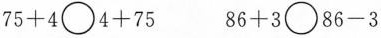
$$7 5 + 4 \bigcirc 4 + 7 5$$ $$8 6 + 3 \bigcirc 8 6 - 3$$